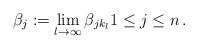
LaTeX: \begin{align*}\beta_j:= \lim_{l\to\infty}\beta_{jk_l}1\le j\le n\,.\end{align*}